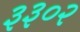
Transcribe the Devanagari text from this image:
३३०२